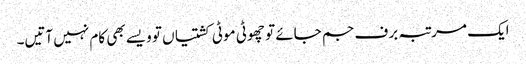
ایک مرتبہ برف جم جائے تو چھوٹی موٹی کشتیاں تو ویسے بھی کام نہیں آتیں۔